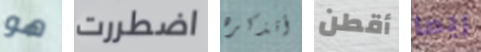
هو اضطررت أتذكره أقطن ربما